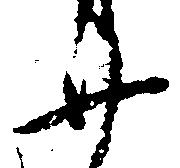
廿